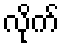
လိုက်